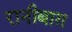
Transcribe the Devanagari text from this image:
रानीबाग़